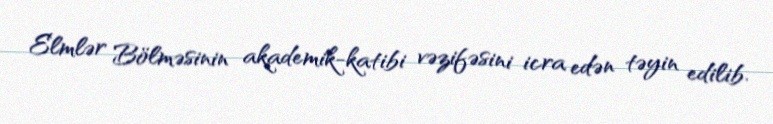
Elmlər Bölməsinin akademik-katibi vəzifəsini icra edən təyin edilib.